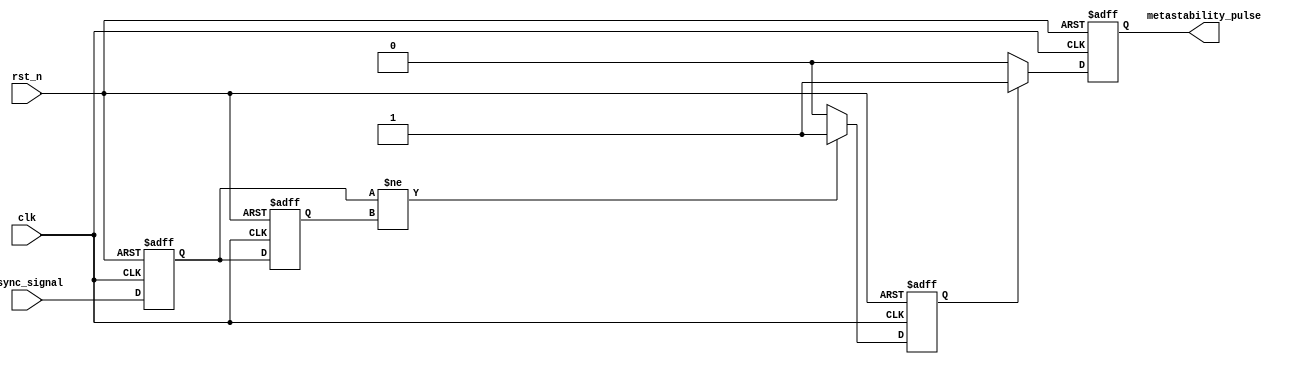
module metastability_detector (
    input wire clk,               // Clock signal
    input wire rst_n,             // Active low reset signal
    input wire async_signal,      // Asynchronous input signal
    output reg metastability_pulse // Output pulse indicating metastability
);

    // Internal signals
    reg ff1, ff2;                 // Outputs of the two D flip-flops
    reg pulse_gen;                // Intermediate pulse generation signal

    // D Flip-Flops
    always @(posedge clk or negedge rst_n) begin
        if (!rst_n) begin
            ff1 <= 1'b0;          // Reset FF1
            ff2 <= 1'b0;          // Reset FF2
        end else begin
            ff1 <= async_signal;  // Sample async signal in FF1
            ff2 <= ff1;           // Sample FF1 output in FF2
        end
    end

    // Pulse Generation Logic
    always @(posedge clk or negedge rst_n) begin
        if (!rst_n) begin
            pulse_gen <= 1'b0;    // Reset pulse generation signal
        end else begin
            // Generate pulse when FF1 and FF2 outputs differ
            pulse_gen <= (ff1 != ff2) ? 1'b1 : 1'b0;
        end
    end

    // Timing Logic for Pulse Duration
    always @(posedge clk or negedge rst_n) begin
        if (!rst_n) begin
            metastability_pulse <= 1'b0; // Reset output pulse
        end else if (pulse_gen) begin
            metastability_pulse <= 1'b1; // Assert pulse
        end else begin
            metastability_pulse <= 1'b0; // Deassert pulse
        end
    end

endmodule